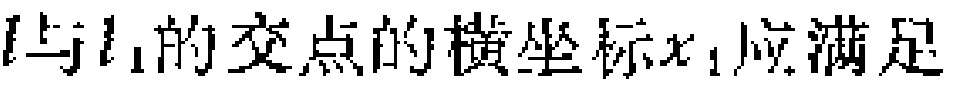
\(l与l_{1}的交点的横坐标x_{1}应满足\)